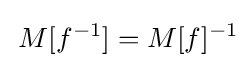
\,M[f^{-1}]=M[f]^{-1}